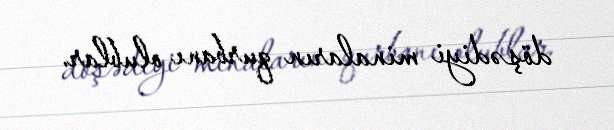
döşədiyi minaların qurbanı olublar.